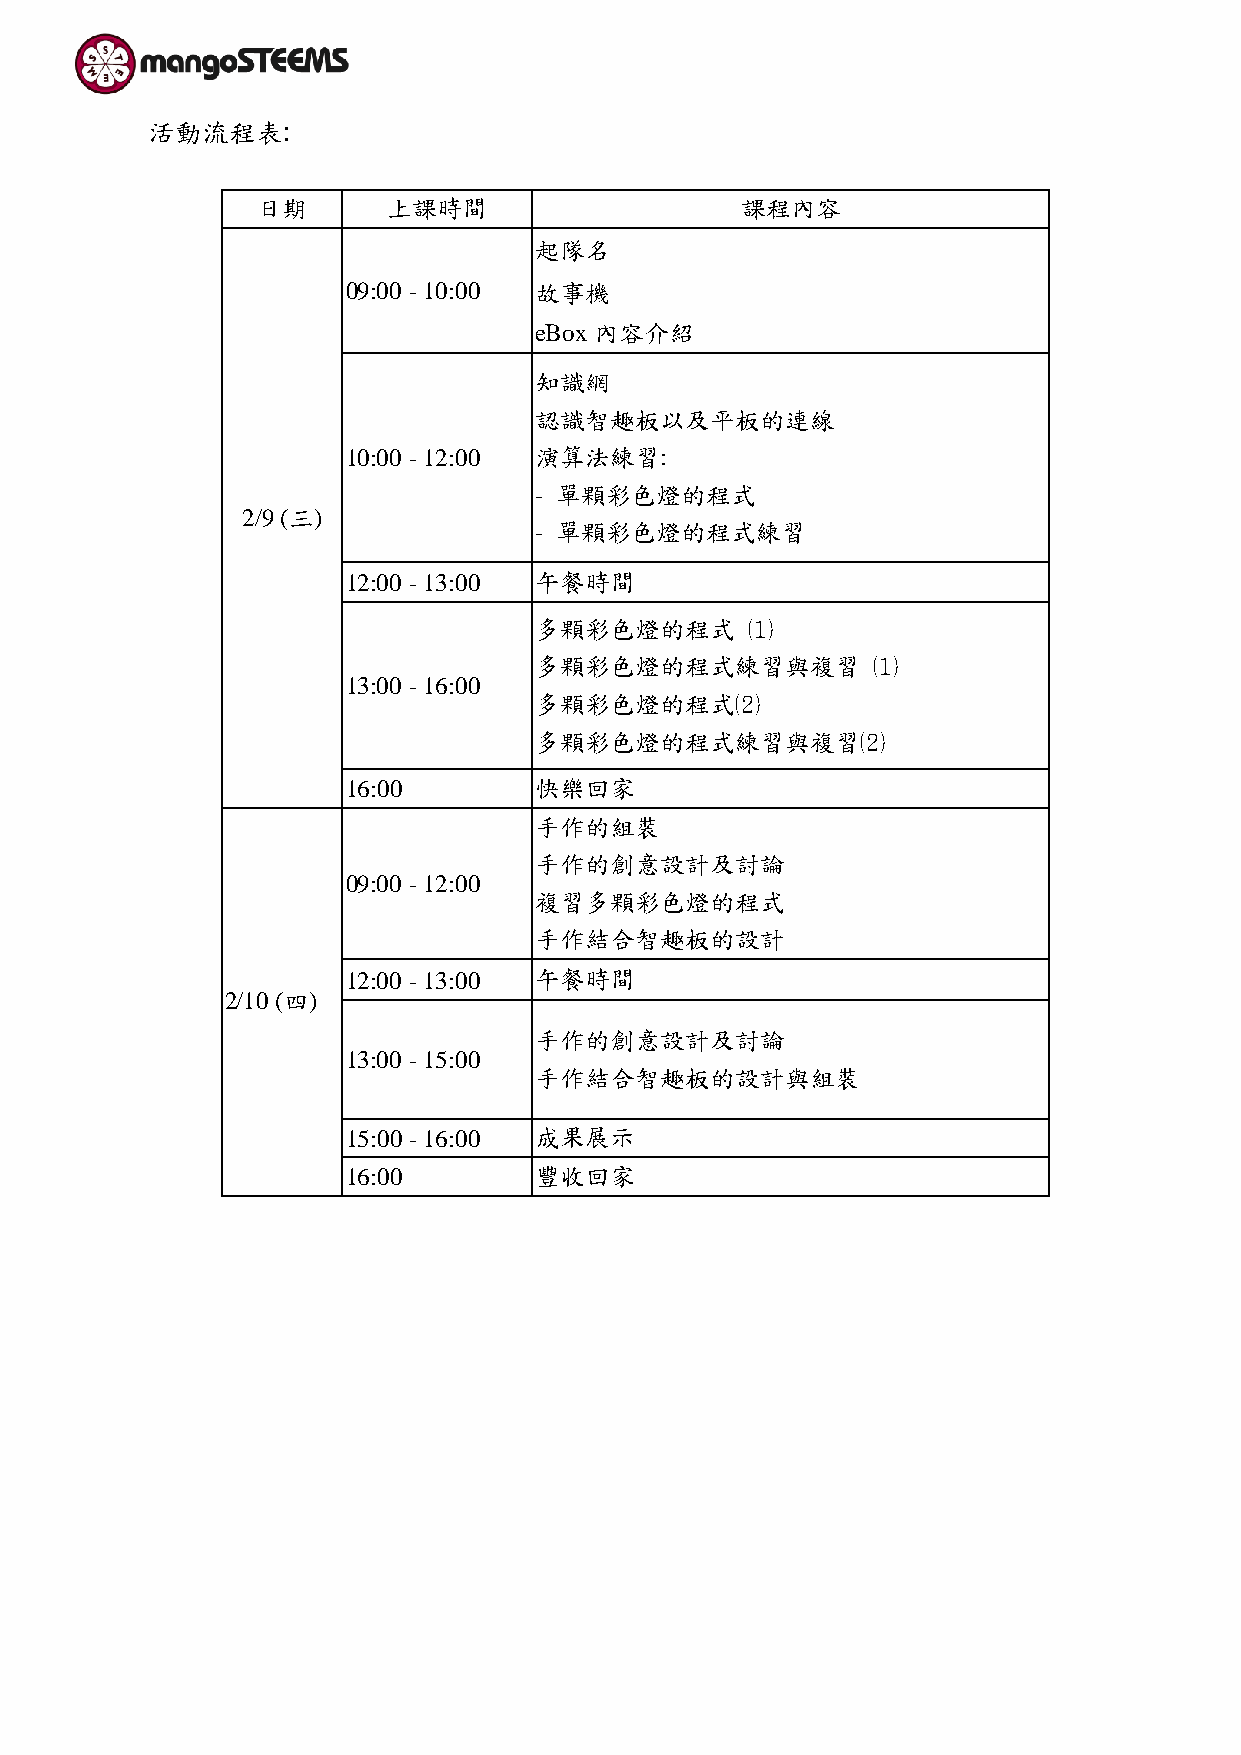
活動流程表:
 日期       上課時間                   課程內容
 起隊名
 09:00 - 10:00 故事機
 eBox 內容介紹
 知識網
 認識智趣板以及平板的連線
 10:00 - 12:00 演算法練習:
 - 單顆彩色燈的程式
 2/9 (三)
 - 單顆彩色燈的程式練習
 12:00 - 13:00 午餐時間
 多顆彩色燈的程式      ⑴
 多顆彩色燈的程式練習與複習          ⑴
 13:00 - 16:00
 多顆彩色燈的程式⑵
 多顆彩色燈的程式練習與複習⑵
 16:00       快樂回家
 手作的組裝
 手作的創意設計及討論
 09:00 - 12:00
 複習多顆彩色燈的程式
 手作結合智趣板的設計
 12:00 - 13:00 午餐時間
 2/10 (四)
 手作的創意設計及討論
 13:00 - 15:00
 手作結合智趣板的設計與組裝
 15:00 - 16:00 成果展示
 16:00       豐收回家